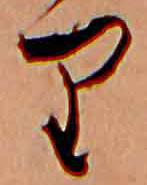
り